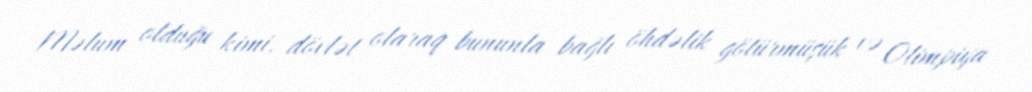
Məlum olduğu kimi, dövlət olaraq bununla bağlı öhdəlik götürmüşük və Olimpiya